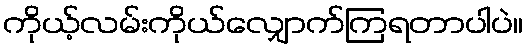
ကိုယ့်လမ်းကိုယ်လျှောက်ကြရတာပါပဲ။